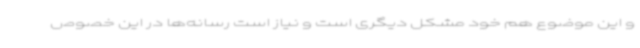
و این موضوع هم خود مشکل دیگری است و نیاز است رسانه‌ها در این خصوص